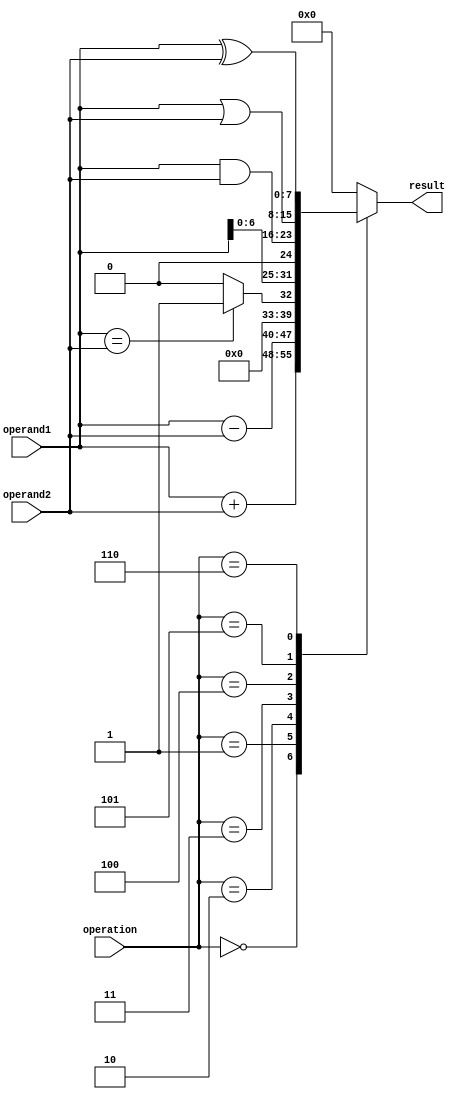
module alu(
    input wire [7:0] operand1,
    input wire [7:0] operand2,
    input wire [2:0] operation,
    output wire [7:0] result
);

// Functional blocks
wire [7:0] add;
wire [7:0] sub;
wire [7:0] cmp;
wire [7:0] shift;
wire [7:0] and_gate;
wire [7:0] or_gate;
wire [7:0] xor_gate;

// Adder block
assign add = operand1 + operand2;

// Subtractor block
assign sub = operand1 - operand2;

// Comparator block
assign cmp = (operand1 == operand2) ? 8'b1 : 8'b0;

// Shifter block
assign shift = operand1 << 1; // Shift left by 1

// Logic gates
assign and_gate = operand1 & operand2;
assign or_gate = operand1 | operand2;
assign xor_gate = operand1 ^ operand2;

// Output generation based on operation
always @(*)
begin
    case (operation)
        3'b000: result = add; // Addition
        3'b001: result = sub; // Subtraction
        3'b010: result = cmp; // Comparison
        3'b011: result = shift; // Shifting
        3'b100: result = and_gate; // AND
        3'b101: result = or_gate; // OR
        3'b110: result = xor_gate; // XOR
        default: result = 8'b0;
    endcase
end
endmodule